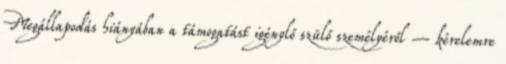
Megállapodás hiányában a támogatást igénylő szülő személyéről – kérelemre